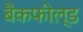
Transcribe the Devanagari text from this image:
बैकफील्ड